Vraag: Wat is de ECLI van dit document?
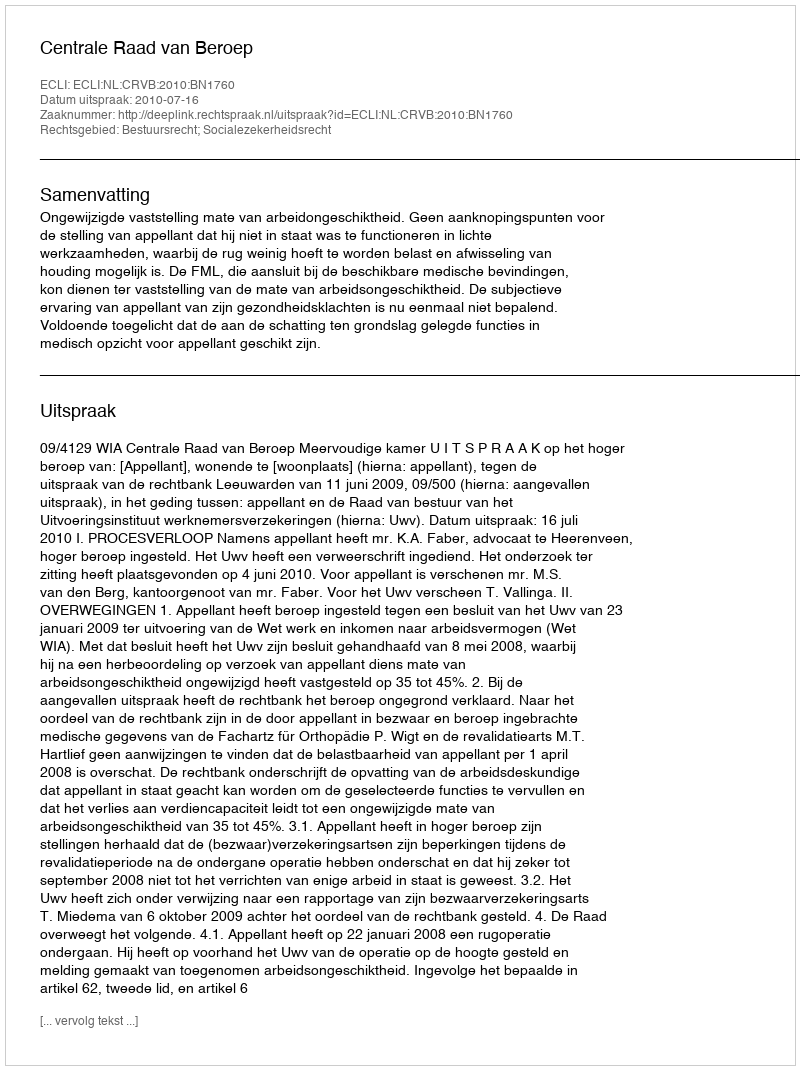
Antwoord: ECLI:NL:CRVB:2010:BN1760